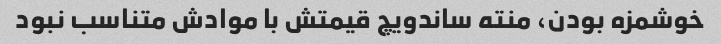
خوشمزه بودن، منته ساندویچ قیمتش با موادش متناسب نبود